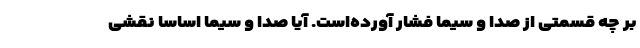
بر چه قسمتی از صدا و سیما فشار آورده‌است. آیا صدا و سیما اساسا نقشی